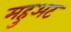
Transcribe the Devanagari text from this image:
महुअट